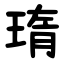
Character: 㻟